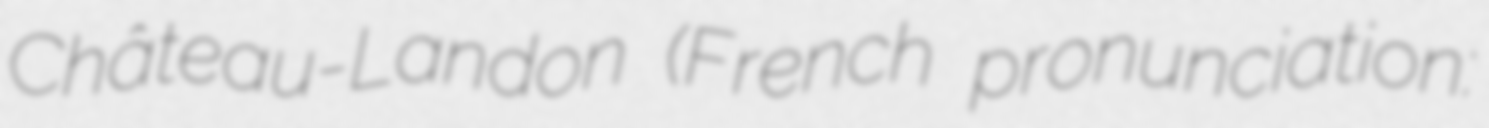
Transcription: Château-Landon (French pronunciation: